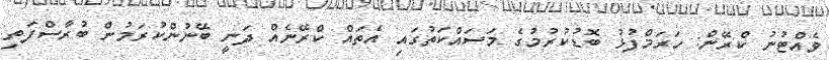
ވެއްޓުނު ކްރޭން: ހަރަމްފުޅު ބޮޑުކުރުމުގެ މަސައްކަތުގައި އެތައް ކްރޭނެއް ދަނީ ބޭނުންކުރަމުން ބުރާސްފަތި